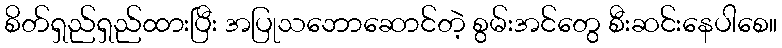
စိတ်ရှည်ရှည်ထားပြီး အပြုသဘောဆောင်တဲ့ စွမ်းအင်တွေ စီးဆင်းနေပါစေ။